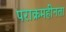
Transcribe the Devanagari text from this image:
पराक्रमहीनता